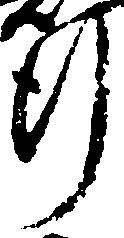
行